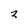
Character: 3